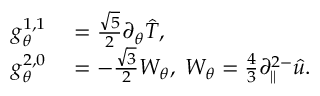
\begin{array} { r l } { g _ { \theta } ^ { 1 , 1 } } & { { } = \frac { \sqrt { 5 } } { 2 } \partial _ { \theta } \hat { T } , } \\ { g _ { \theta } ^ { 2 , 0 } } & { { } = - \frac { \sqrt { 3 } } { 2 } W _ { \theta } , \; W _ { \theta } = \frac { 4 } { 3 } \partial _ { \| } ^ { 2 - } \hat { u } . } \end{array}